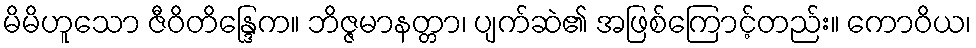
မိမိဟူသော ဇီဝိတိန္ဒြေက။ ဘိဇ္ဇမာနတ္တာ၊ ပျက်ဆဲ၏ အဖြစ်ကြောင့်တည်း။ ကောဝိယ၊